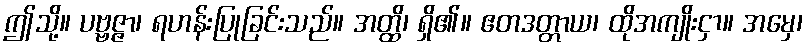
ဤသို့။ ပဗ္ဗဇ္ဇာ၊ ရဟန်းပြုခြင်းသည်။ အတ္ထိ၊ ရှိ၏။ ဧတဒတ္တာယ၊ ထိုအကျိုးငှာ။ အမှေ၊